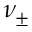
\nu _ { \pm }